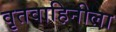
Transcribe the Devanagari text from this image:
वृतवाहिनीला